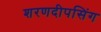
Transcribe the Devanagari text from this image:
शरणदीपसिंग